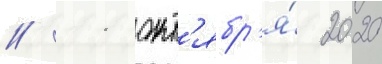
// 11 окт'ябр'я́ 2020